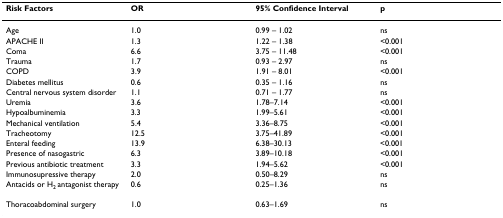
<table><thead><tr><td><b>Risk Factors</b></td><td><b>OR</b></td><td><b>95% Confidence Interval</b></td><td><b>p</b></td></tr></thead><tbody><tr><td>Age</td><td>1.0</td><td>0.99 – 1.02</td><td>ns</td></tr><tr><td>APACHE II</td><td>1.3</td><td>1.22 – 1.38</td><td>&lt;0.001</td></tr><tr><td>Coma</td><td>6.6</td><td>3.75 – 11.48</td><td>&lt;0.001</td></tr><tr><td>Trauma</td><td>1.7</td><td>0.93 – 2.97</td><td>ns</td></tr><tr><td>COPD</td><td>3.9</td><td>1.91 – 8.01</td><td>&lt;0.001</td></tr><tr><td>Diabetes mellitus</td><td>0.6</td><td>0.35 – 1.16</td><td>ns</td></tr><tr><td>Central nervous system disorder</td><td>1.1</td><td>0.71 – 1.77</td><td>ns</td></tr><tr><td>Uremia</td><td>3.6</td><td>1.78–7.14</td><td>&lt;0.001</td></tr><tr><td>Hypoalbuminemia</td><td>3.3</td><td>1.99–5.61</td><td>&lt;0.001</td></tr><tr><td>Mechanical ventilation</td><td>5.4</td><td>3.36–8.75</td><td>&lt;0.001</td></tr><tr><td>Tracheotomy</td><td>12.5</td><td>3.75–41.89</td><td>&lt;0.001</td></tr><tr><td>Enteral feeding</td><td>13.9</td><td>6.38–30.13</td><td>&lt;0.001</td></tr><tr><td>Presence of nasogastric</td><td>6.3</td><td>3.89–10.18</td><td>&lt;0.001</td></tr><tr><td>Previous antibiotic treatment</td><td>3.3</td><td>1.94–5.62</td><td>&lt;0.001</td></tr><tr><td>Immunosupressive therapy</td><td>2.0</td><td>0.50–8.29</td><td>ns</td></tr><tr><td>Antacids or H<sub>2 </sub>antagonist therapy</td><td>0.6</td><td>0.25–1.36</td><td>ns</td></tr><tr><td>Thoracoabdominal surgery</td><td>1.0</td><td>0.63–1.69</td><td>ns</td></tr></tbody></table>